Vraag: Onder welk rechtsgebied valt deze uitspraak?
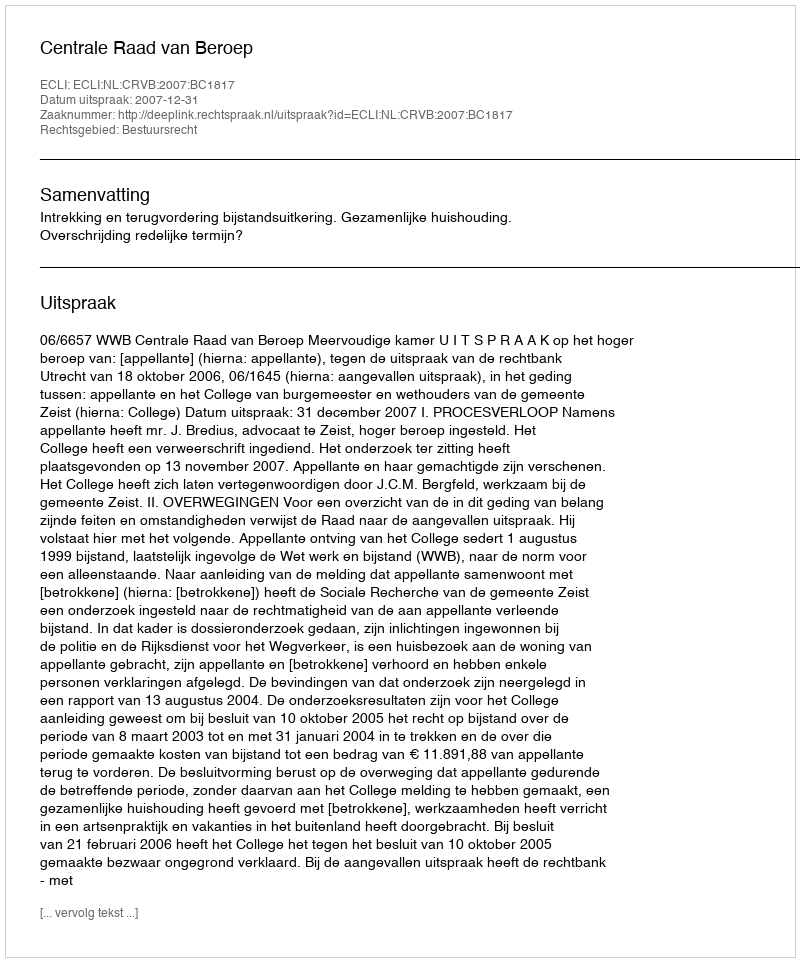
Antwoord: Bestuursrecht